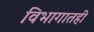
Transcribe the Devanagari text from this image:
विभागातही